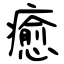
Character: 癒